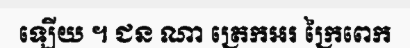
ឡើយ ។ ជន ណា ត្រេកឣរ ក្រៃពេក